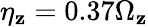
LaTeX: \eta_{\mathbf{z}}=0.37\Omega_{\mathbf{z}}